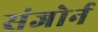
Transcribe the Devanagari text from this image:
संजोर्न